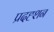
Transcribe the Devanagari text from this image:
प्रदह्शन